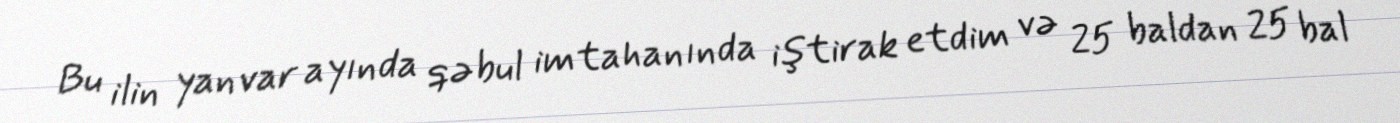
Bu ilin yanvar ayında qəbul imtahanında iştirak etdim və 25 baldan 25 bal